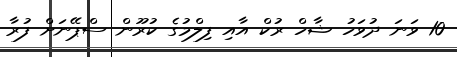
10 ވަނަ ދުވަހު ޝާހް ރުކް އާއި ފިލްމުގެ ކުރޫން ސްޕޭނަށް ފުރާ